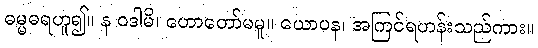
ဓမ္မဓရဟူ၍။ န ဝဒါမိ၊ ဟောတော်မမူ။ ယောပန၊ အကြင်ရဟန်းသည်ကား။